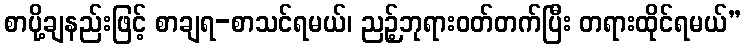
စာပို့ချနည်းဖြင့် စာချရ-စာသင်ရမယ်၊ ညဉ့်ဘုရားဝတ်တက်ပြီး တရားထိုင်ရမယ်”